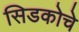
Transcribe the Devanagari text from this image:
सिडकोचे